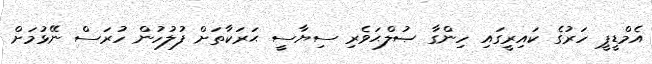
އެމްޑީޕީ ހަރުގެ ކައިރީގައި ހިންގާ ޞުލްޙަވެރި ސިޔާސީ ޙަރަކާތަށް ފުލުހުން ހުރަސް ނޭޅުމަށް